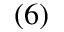
( 6 )